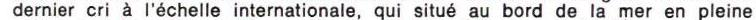
dernier cri à l'échelle internationale, qui situé au bord de la mer en pleine